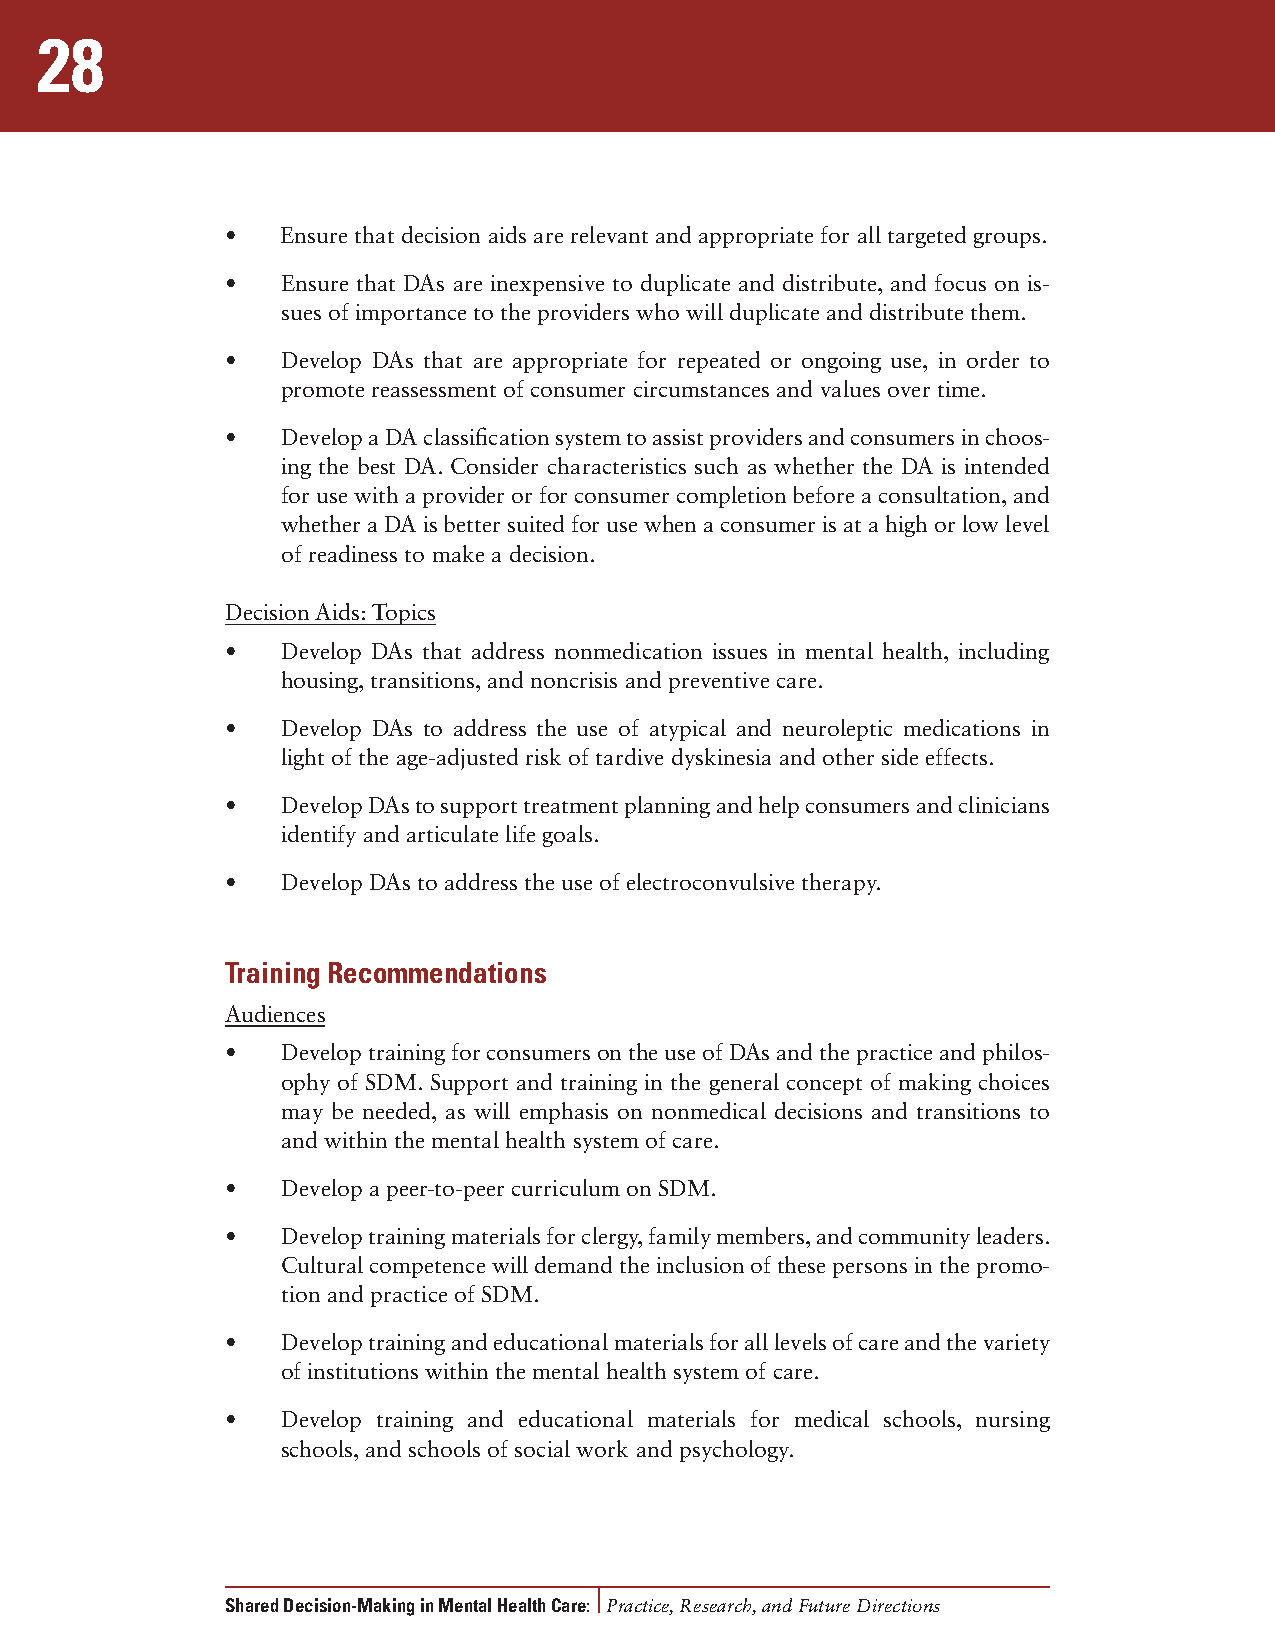
28
 •   Ensure that decision aids are relevant and appropriate for all targeted groups.
 •   Ensure that DAs are inexpensive to duplicate and distribute, and focus on is-
 sues of importance to the providers who will duplicate and distribute them.
 •   Develop DAs that are appropriate for repeated or ongoing use, in order to
 promote reassessment of consumer circumstances and values over time.
 •   Develop a DA classification system to assist providers and consumers in choos-
 ing the best DA. Consider characteristics such as whether the DA is intended
 for use with a provider or for consumer completion before a consultation, and
 whether a DA is better suited for use when a consumer is at a high or low level
 of readiness to make a decision.
 Decision Aids: Topics
 •   Develop DAs that address nonmedication issues in mental health, including
 housing, transitions, and noncrisis and preventive care.
 •   Develop DAs to address the use of atypical and neuroleptic medications in
 light of the age-adjusted risk of tardive dyskinesia and other side effects.
 •   Develop DAs to support treatment planning and help consumers and clinicians
 identify and articulate life goals.
 •   Develop DAs to address the use of electroconvulsive therapy.
 Training Recommendations
 Audiences
 •   Develop training for consumers on the use of DAs and the practice and philos-
 ophy of SDM. Support and training in the general concept of making choices
 may be needed, as will emphasis on nonmedical decisions and transitions to
 and within the mental health system of care.
 •   Develop a peer-to-peer curriculum on SDM.
 •   Develop training materials for clergy, family members, and community leaders.
 Cultural competence will demand the inclusion of these persons in the promo-
 tion and practice of SDM.
 •   Develop training and educational materials for all levels of care and the variety
 of institutions within the mental health system of care.
 •   Develop training and educational materials for medical schools, nursing
 schools, and schools of social work and psychology.
 Shared Decision-Making in Mental Health Care: Practice, Research, and Future Directions